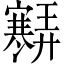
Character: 𡫶